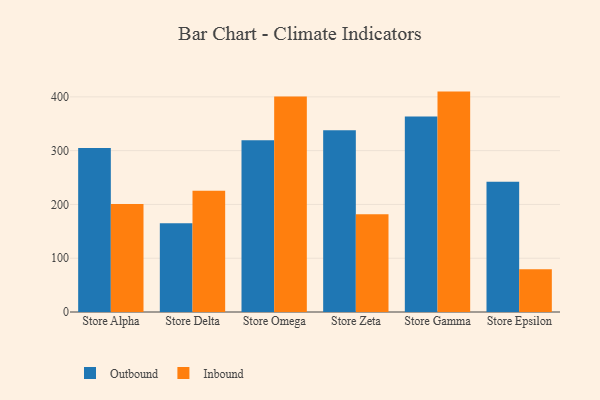
{"axis": {"x": "Store", "y": "Energy Usage (MWh)"}, "legend": ["Inbound", "Outbound"], "data": [{"x": "Store Alpha", "y": 304.8, "type": "Outbound"}, {"x": "Store Alpha", "y": 200.7, "type": "Inbound"}, {"x": "Store Delta", "y": 164.9, "type": "Outbound"}, {"x": "Store Delta", "y": 225.3, "type": "Inbound"}, {"x": "Store Omega", "y": 319.5, "type": "Outbound"}, {"x": "Store Omega", "y": 400.6, "type": "Inbound"}, {"x": "Store Zeta", "y": 337.9, "type": "Outbound"}, {"x": "Store Zeta", "y": 181.9, "type": "Inbound"}, {"x": "Store Gamma", "y": 363.7, "type": "Outbound"}, {"x": "Store Gamma", "y": 409.8, "type": "Inbound"}, {"x": "Store Epsilon", "y": 242.0, "type": "Outbound"}, {"x": "Store Epsilon", "y": 79.7, "type": "Inbound"}]}